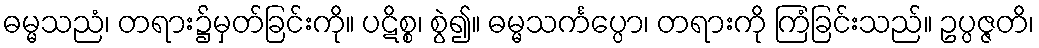
ဓမ္မသညံ၊ တရား၌မှတ်ခြင်းကို။ ပဋိစ္စ၊ စွဲ၍။ ဓမ္မသင်္ကပ္ပော၊ တရားကို ကြံခြင်းသည်။ ဥပ္ပဇ္ဇတိ၊